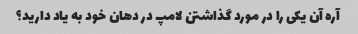
آره آن یکی را در مورد گذاشتن لامپ در دهان خود به یاد دارید؟